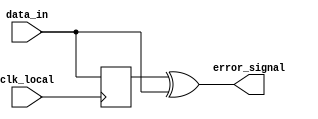
module phase_detector (
    input wire clk_local,
    input wire data_in,
    output wire error_signal
);
    reg data_sync;

    always @(posedge clk_local) begin
        data_sync <= data_in; // Sample data on local clock
    end

    assign error_signal = data_sync ^ data_in; // XOR for phase comparison
endmodule